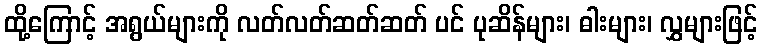
ထို့ကြောင့် အရွယ်များကို လတ်လတ်ဆတ်ဆတ် ပင် ပုဆိန်များ၊ ဓါးများ၊ လွှများဖြင့်